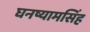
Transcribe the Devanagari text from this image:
घनष्यामसिंह